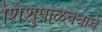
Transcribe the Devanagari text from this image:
शिशुपाळवधाचे